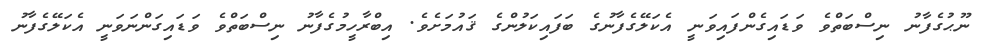
ނޫޙުގެފާނު ނިސްބަތްވެ ވަޑައިގެންފައިވަނީ އެކަލޭގެފާނުގެ ބަފައިކަލުންގެ ޤައުމަށެވެ. އިބްރާހީމުގެފާނު ނިސްބަތްވެ ވަޑައިގަންނަވަނީ އެކަލޭގެފާނު